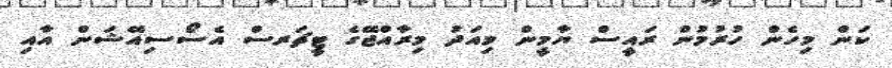
ކަން މިހެން ހުރުމުން ރައީސް ޔާމީން މިއަދު މިރާއްޖޭގެ ޓީޗަރސް އެސޯސިއޭޝަން އާއި